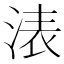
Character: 𣷴